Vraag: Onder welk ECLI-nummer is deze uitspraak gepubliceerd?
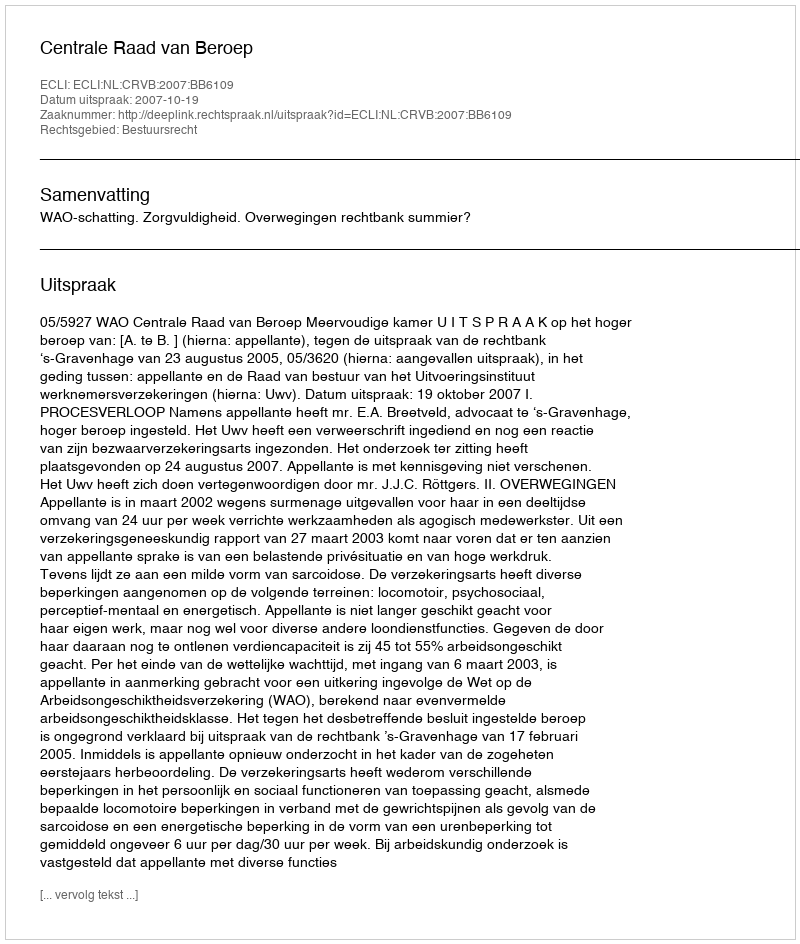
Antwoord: ECLI:NL:CRVB:2007:BB6109